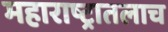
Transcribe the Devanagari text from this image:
महाराष्ट्रातलाच